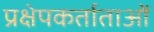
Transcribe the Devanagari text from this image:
प्रक्षेपकर्ताताओं